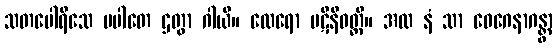
သတပေါရိသေ ပပါတေ ဌတွာ ဂါယိ။ ထေရော ပဋိနိဝတ္တိ။ အထ နံ သာ ဝေဂေနာဂန္တွာ